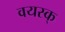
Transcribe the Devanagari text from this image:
वयस्क्